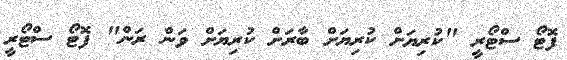
ފޮޓޯ ސްޓޯރީ "ކުރިޔަށް ކުރިޔަށް ބާރަށް ކުރިޔަށް ވަން ރަން" ފޮޓޯ ސްޓޯރީ